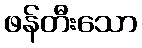
ဖန်တီးသော